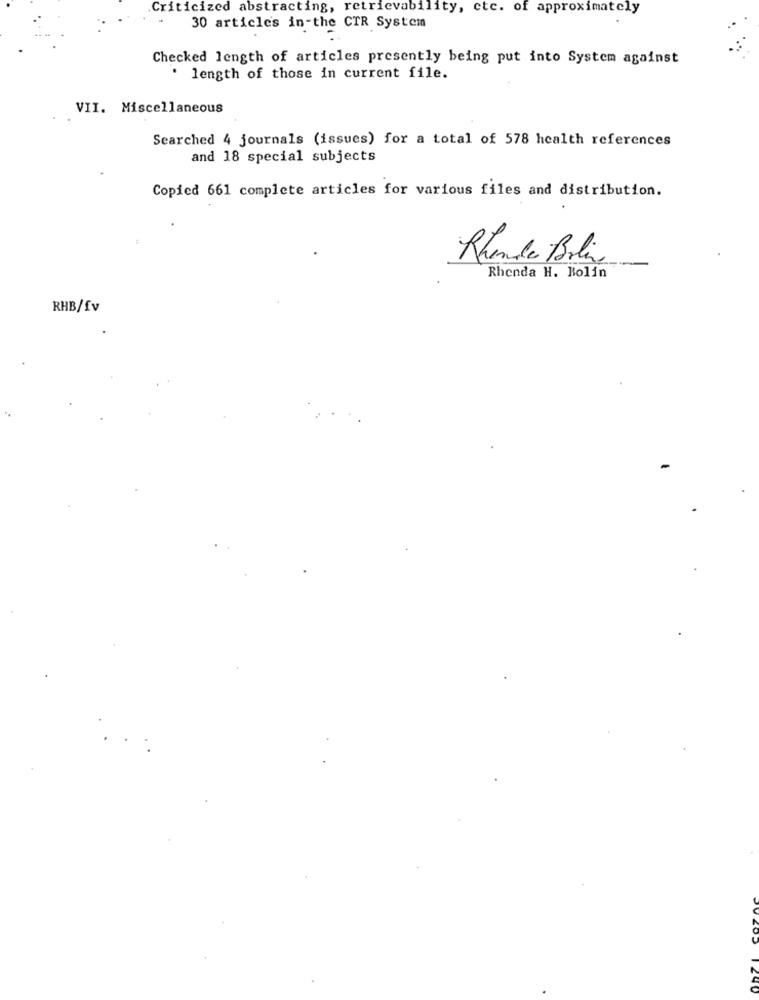
Criticized abstracting, retrievability, etc. of approximately
30 articles in-the CTR System
Checked length of articles presently being put into System against
. length of those in current file.
VII. Miscellaneous
Searched 4 journals (issues) for a total of 578 health references
and 18 special subjects
Copied 661 complete articles for various files and distribution.
Rhonda Boli
Rhenda H. Bolin
RHB/fv